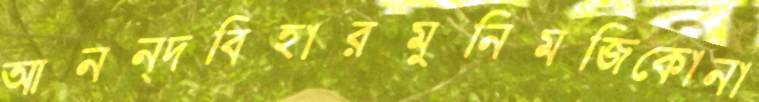
আনন্দবিহারমুনিমজিকোনা